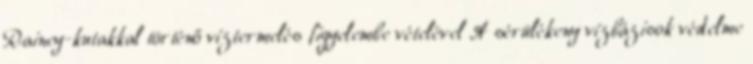
Rainey-kutakkal történő víztermelés figyelembe vételével A sérülékeny vízbázisok védelme